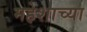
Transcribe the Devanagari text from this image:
महेशाच्या